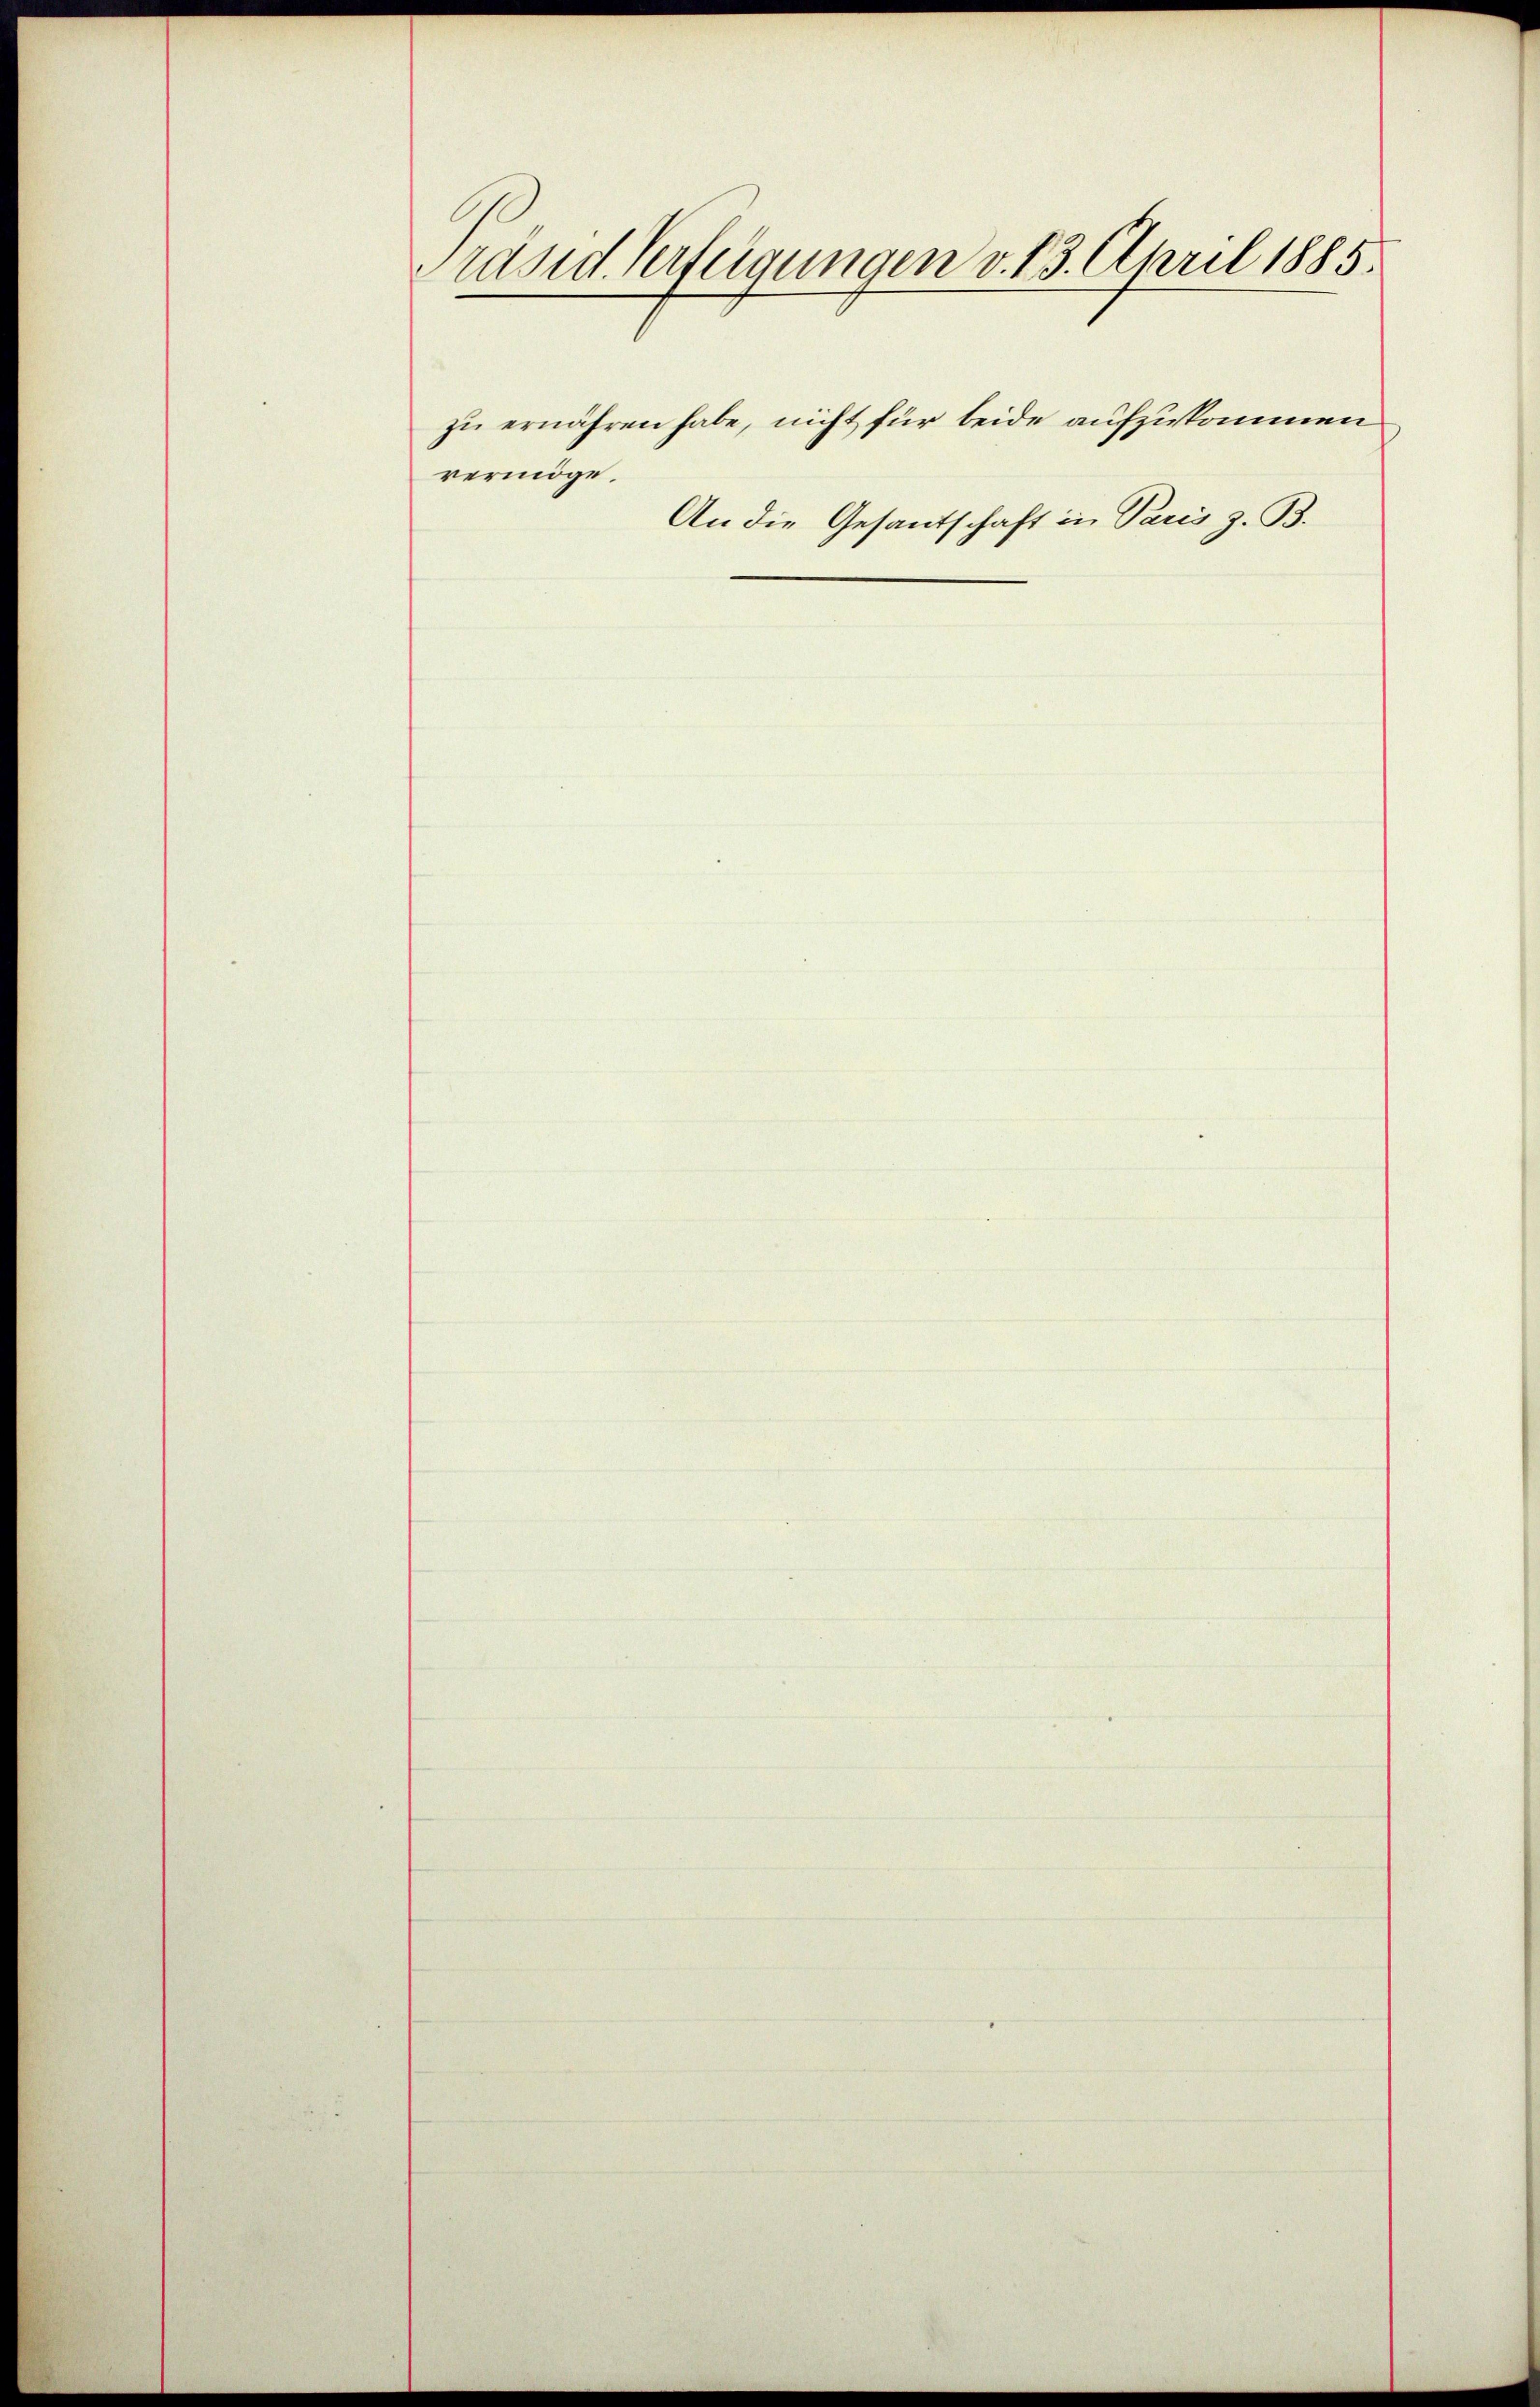
Präsid Verfügungen v. 13. April 1885.
zu ernähren habe, nicht für beide aufzukommen
vermöge.
An die Gesantschaft in Paris z. B.